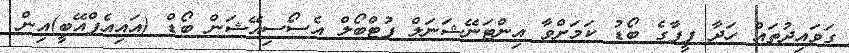
ގަވައިދުތައް ހަދާ ފީފާގެ ބޯޑު ކަމަށްވާ އިންޓަނޭޝަނަލް ފުޓްބޯލް އެސޯސިއޭޝަން ބޯޑް (އައިއެފްއޭބީ)އިން